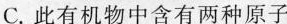
C.此有机物中含有两种原子